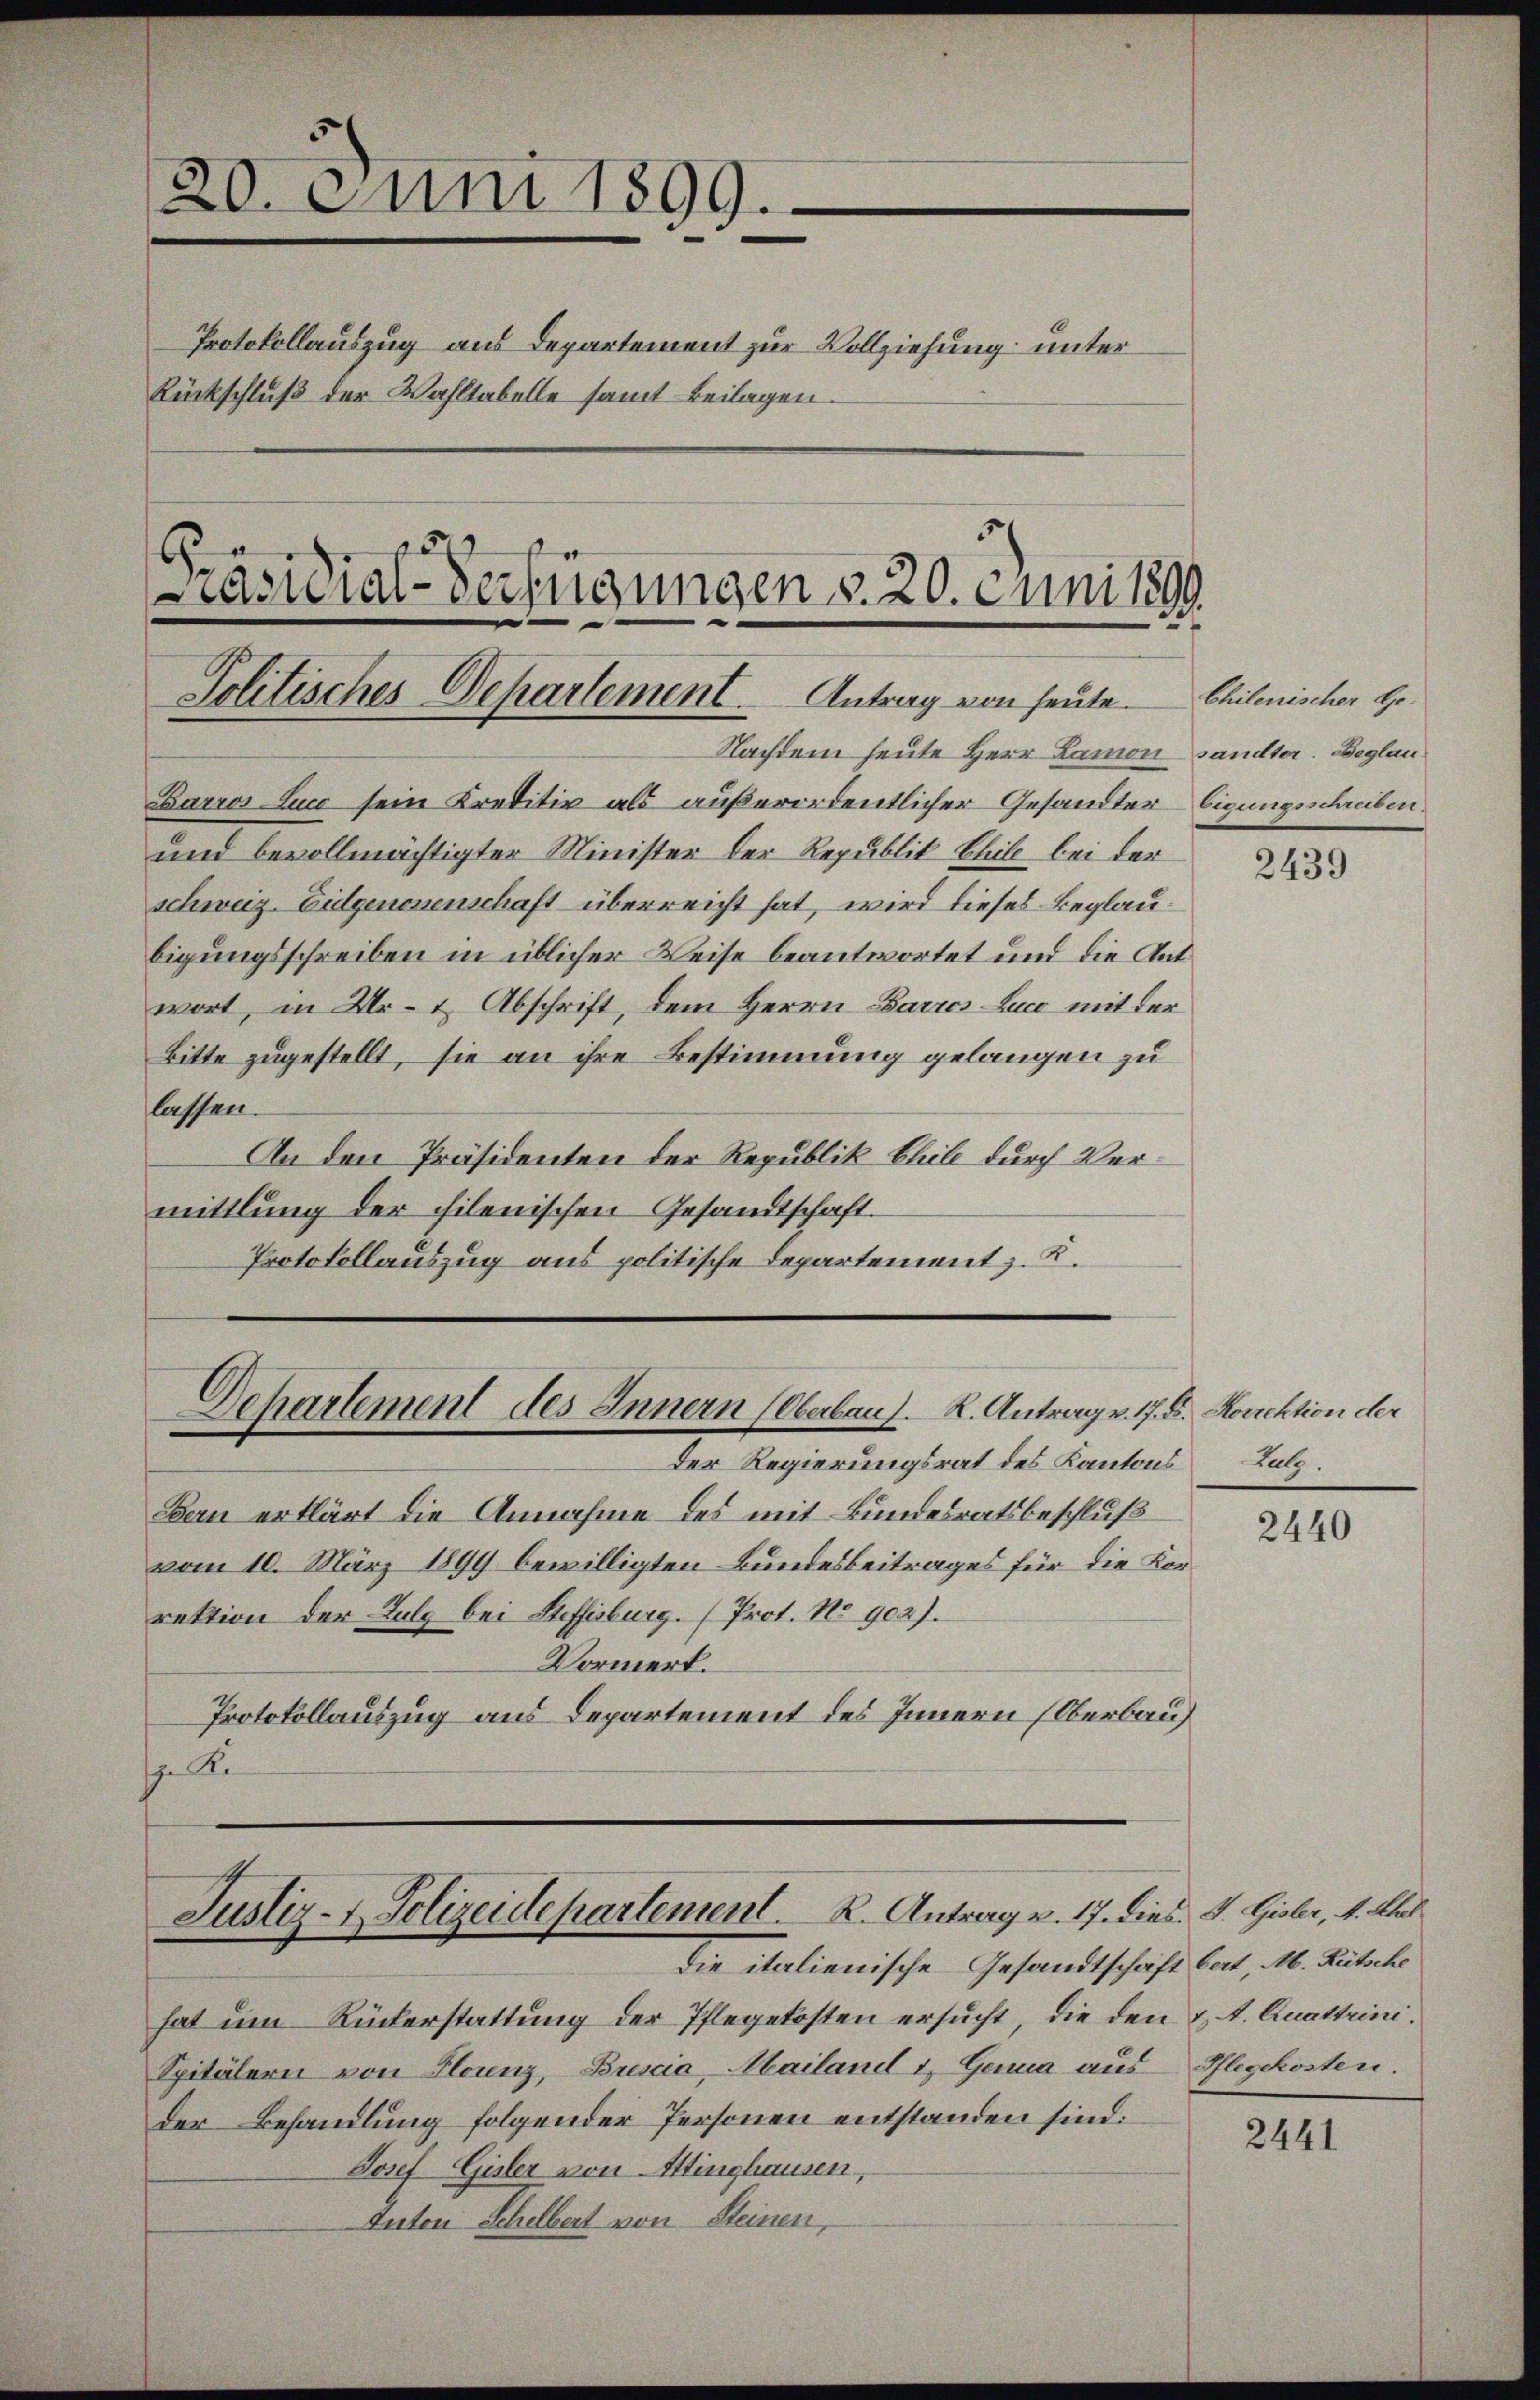
20. Juni 1899.
Protokollauszug aus Departement zur Vollziehung unter
Rückschluß der Wahltabelle samt Beilagen.
e
räsidial-Verfügungen v. 20. Juni 1890.

Barros Lucc sein Kreditiv als außerordentlicher Gesandter Eigungsschreiben.
und bevollmächtigter Minister der Republik Chil bei der
schweiz. Eidgenossenschaft überreicht hat, wird dieses Beglaubigungsschreiben in üblicher Weise beantwortet und die Antwort, in Ur- & Abschrift, dem Herrn Barros-Luco mit der
Bitte zugestellt, sie an ihre Bestimmung gelangen zu
lassen.
An den Präsidenten der Republik Ehil durch Vermittlung der hilenischen Gesandtschaft.
Protokollauszug aus politische Departement z. K.

Politisches Departement. Antrag von heute. Chilenischer Ho¬

Dehartement des Innern (Oberbau). K. Antrag v. 17. B. Korrektion der

Der Regierungsrat des Kantons
Bern erklärt die Annahme des mit Bundesratsbeschluß
vom 10. März 1899 bewilligten Bundesbeitrages für die Korrektion der Folg bei Steffisburg. (Prot. No 902).
Vormerk.
Protokollauszug aus Departement des Innern (Oberbau
 Re

Justiz- & Polizeidepartement. K. Antrag v. 17. dies. v. Gisler, 4. Klas
die italienische Gesandtschaft hat, M. Bütsche

Nachdem heute Herr Lamon sandter. Beglau¬

hat um Rückerstattung der Pflegekosten ersucht, die den & A. Quattrini.
Spitälern von Flounz, Brescia, Mailand & Genua aus Pflegekosten.
der Behandlung folgender Personen entstanden sind:
Josef Gisler von Ittinghausen,
Anton Schelbert von Steinen,

2439

Bulg.

2440

2441